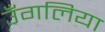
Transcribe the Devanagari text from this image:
उँगलिया